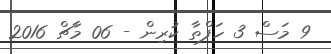
9 މަސް 3 ހަފްތާ ކުރިން - 06 މާޗް 2016